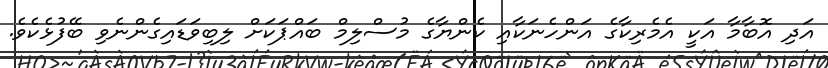
އަދި އޮބާމާ އަކީ އެމެރިކާގެ އަންހެނަކާއި ކެންޔާގެ މުސްލިމް ބައްޕަކަށް ލިބިވަޑައިގެންނެވި ބޭފުޅެކެވެ.